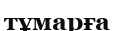
тұмарға